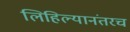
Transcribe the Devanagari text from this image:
लिहिल्यानंतरच